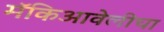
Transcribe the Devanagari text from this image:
मॅकिआवेलीचा